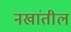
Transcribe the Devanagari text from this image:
नखांतील